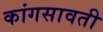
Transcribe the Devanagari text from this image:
कांगसावती